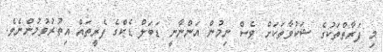
މި ފަރާތްތަކުގެ ޝަކުވާތަކަށް ވެސް ނިމުން އަންނާނީ ޑަބަލް ޑެކްގެ ފެރީތައް އިތުރުވުމުންނެވެ.